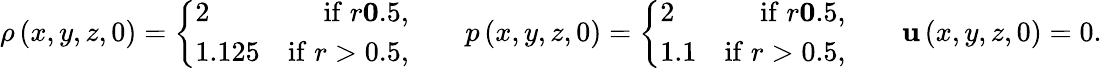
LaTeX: \rho\left(x,y,z,0\right)=\left\lbrace\begin{array}{lr}{2}&{\mathrm{if}\; r\le 0.5,}\\ {1.125}&{\mathrm{if}\; r>0.5,}\end{array}\right.\qquad p\left(x,y,z,0\right)=\left\lbrace\begin{array}{lr}{2}&{\mathrm{if}\; r\le 0.5,}\\ {1.1}&{\mathrm{if}\; r>0.5,}\end{array}\right.\qquad\mathbf{u}\left(x,y,z,0\right)=0.